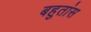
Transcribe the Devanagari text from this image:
बहुतांस